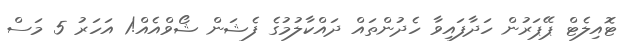
ޓޮއިލެޓް ޕޭޕަރުން ހަދާފައިވާ ހެދުންތައް ދައްކާލުމުގެ ފެޝަން ޝޯވްއެއް!1 އަހަރު 5 މަސް